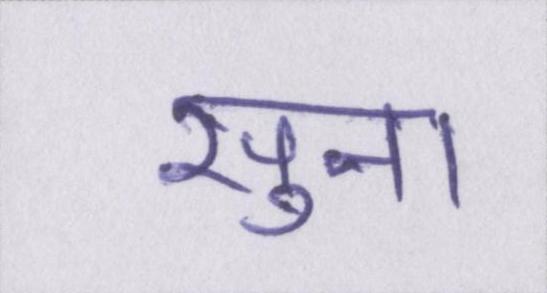
सुना